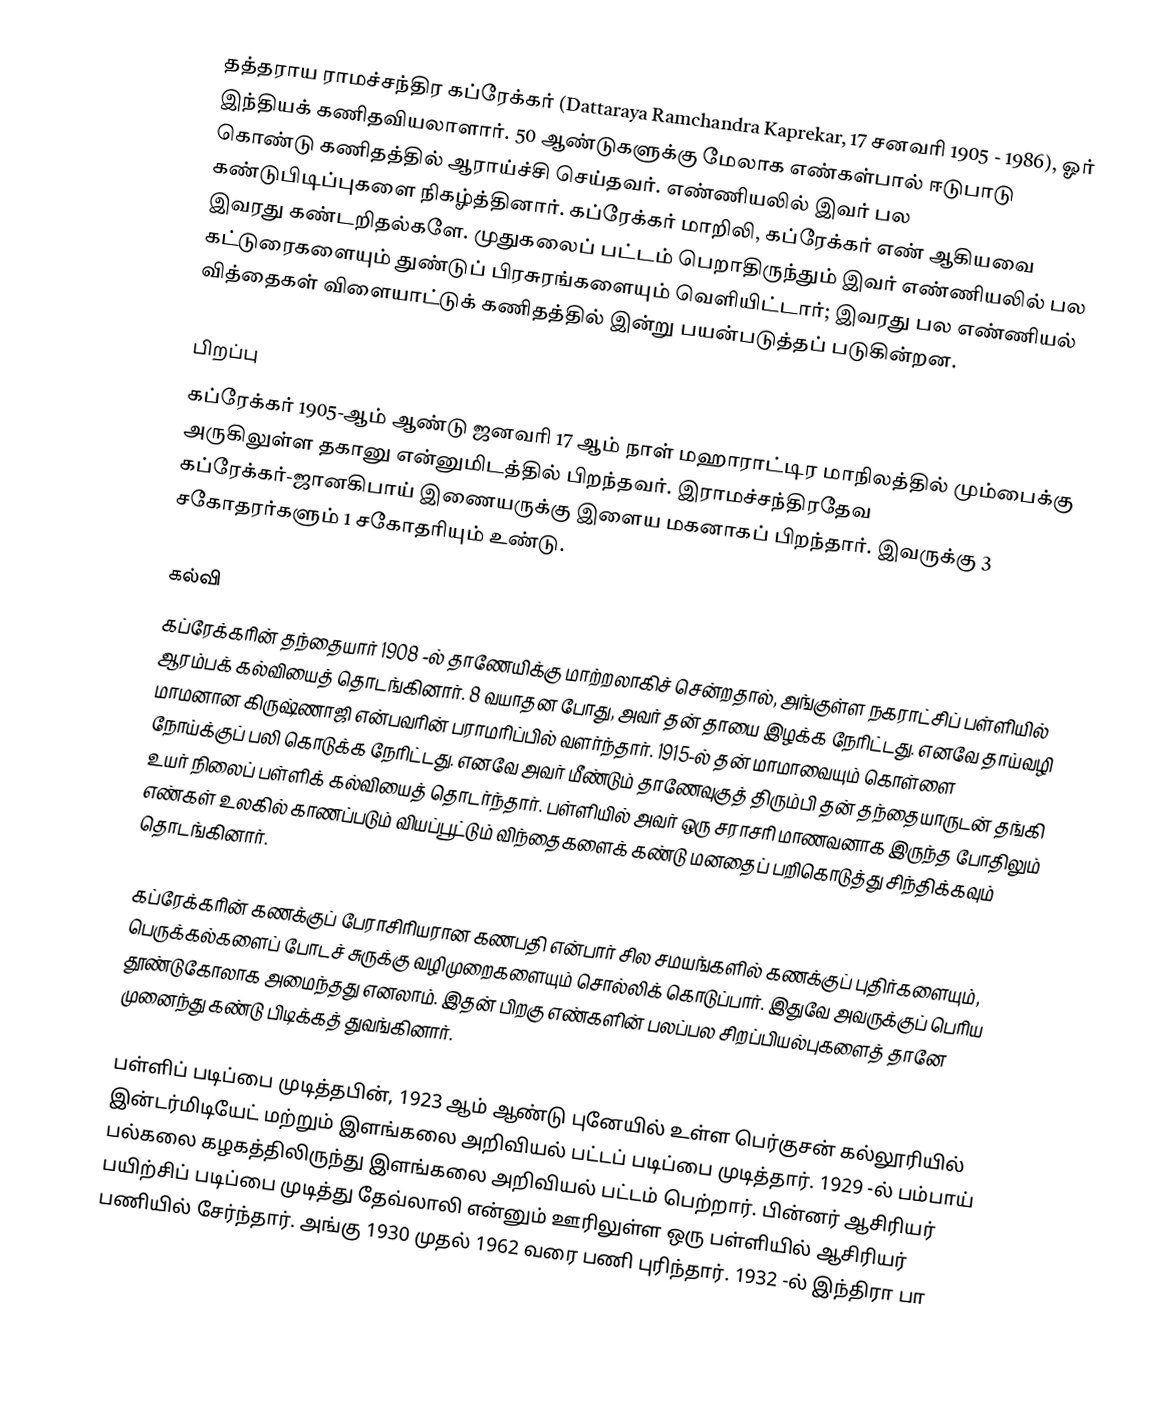
தத்தராய ராமச்சந்திர கப்ரேக்கர் (Dattaraya Ramchandra Kaprekar, 17 சனவரி 1905 - 1986), ஓர் இந்தியக் கணிதவியலாளார். 50 ஆண்டுகளுக்கு மேலாக எண்கள்பால் ஈடுபாடு கொண்டு  கணிதத்தில் ஆராய்ச்சி செய்தவர். எண்ணியலில் இவர் பல கண்டுபிடிப்புகளை நிகழ்த்தினார். கப்ரேக்கர் மாறிலி, கப்ரேக்கர் எண் ஆகியவை இவரது கண்டறிதல்களே. முதுகலைப் பட்டம் பெறாதிருந்தும் இவர் எண்ணியலில் பல கட்டுரைகளையும் துண்டுப் பிரசுரங்களையும் வெளியிட்டார்; இவரது பல எண்ணியல் வித்தைகள் விளையாட்டுக் கணிதத்தில் இன்று பயன்படுத்தப் படுகின்றன.

பிறப்பு
கப்ரேக்கர் 1905-ஆம் ஆண்டு ஜனவரி 17 ஆம் நாள் மஹாராட்டிர மாநிலத்தில் மும்பைக்கு அருகிலுள்ள தகானு என்னுமிடத்தில் பிறந்தவர். இராமச்சந்திரதேவ கப்ரேக்கர்-ஜானகிபாய் இணையருக்கு இளைய மகனாகப் பிறந்தார். இவருக்கு 3 சகோதரர்களும் 1 சகோதரியும் உண்டு.

கல்வி
கப்ரேக்கரின் தந்தையார் 1908 -ல் தாணேயிக்கு மாற்றலாகிச் சென்றதால், அங்குள்ள நகராட்சிப் பள்ளியில் ஆரம்பக் கல்வியைத் தொடங்கினார். 8 வயாதன போது, அவர் தன் தாயை இழக்க நேரிட்டது. எனவே தாய்வழி மாமனான கிருஷ்ணாஜி என்பவரின் பராமரிப்பில் வளர்ந்தார். 1915-ல் தன் மாமாவையும் கொள்ளை நோய்க்குப் பலி கொடுக்க நேரிட்டது. எனவே அவர் மீண்டும் தாணேவுகுத் திரும்பி தன் தந்தையாருடன் தங்கி உயர் நிலைப் பள்ளிக் கல்வியைத் தொடர்ந்தார். பள்ளியில் அவர் ஒரு சராசரி மாணவனாக இருந்த போதிலும் எண்கள் உலகில் காணப்படும் வியப்பூட்டும் விந்தைகளைக் கண்டு மனதைப் பறிகொடுத்து சிந்திக்கவும் தொடங்கினார்.

கப்ரேக்கரின் கணக்குப் பேராசிரியரான கணபதி என்பார் சில சமயங்களில் கணக்குப் புதிர்களையும், பெருக்கல்களைப் போடச் சுருக்கு வழிமுறைகளையும் சொல்லிக் கொடுப்பார். இதுவே அவருக்குப் பெரிய தூண்டுகோலாக அமைந்தது எனலாம்.  இதன் பிறகு எண்களின் பலப்பல சிறப்பியல்புகளைத் தானே முனைந்து கண்டு பிடிக்கத் துவங்கினார்.

பள்ளிப் படிப்பை முடித்தபின், 1923 ஆம் ஆண்டு புனேயில் உள்ள பெர்குசன் கல்லூரியில் இன்டர்மிடியேட் மற்றும் இளங்கலை அறிவியல் பட்டப் படிப்பை முடித்தார். 1929 -ல் பம்பாய் பல்கலை கழகத்திலிருந்து இளங்கலை அறிவியல் பட்டம் பெற்றார். பின்னர் ஆசிரியர் பயிற்சிப் படிப்பை முடித்து தேவ்லாலி என்னும் ஊரிலுள்ள ஒரு பள்ளியில் ஆசிரியர் பணியில் சேர்ந்தார். அங்கு 1930 முதல் 1962 வரை பணி புரிந்தார். 1932 -ல் இந்திரா பா